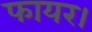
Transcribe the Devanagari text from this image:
फायर।